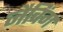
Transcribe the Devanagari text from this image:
जैचिंग